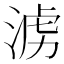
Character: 𣶭